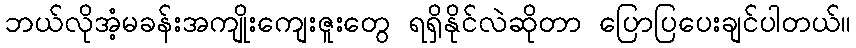
ဘယ်လိုအံ့မခန်းအကျိုးကျေးဇူးတွေ ရရှိနိုင်လဲဆိုတာ ပြောပြပေးချင်ပါတယ်။